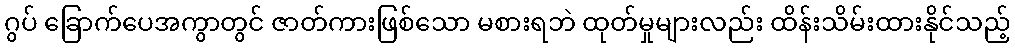
ဂွပ် ခြောက်ပေအကွာတွင် ဇာတ်ကားဖြစ်သော မစားရဘဲ ထုတ်မှုများလည်း ထိန်းသိမ်းထားနိုင်သည့်